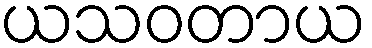
ယသဝတာယ